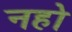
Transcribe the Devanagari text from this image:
नहो